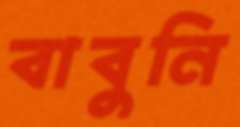
বাবুনি